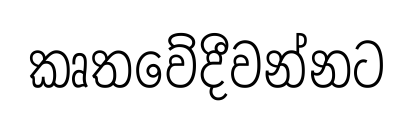
කෘතවේදීවන්නට